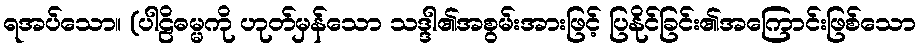
ရအပ်သော။ (ပါဠိဓမ္မကို ဟုတ်မှန်သော သဒ္ဒါ၏အစွမ်းအားဖြင့် ပြနိုင်ခြင်း၏အကြောင်းဖြစ်သော